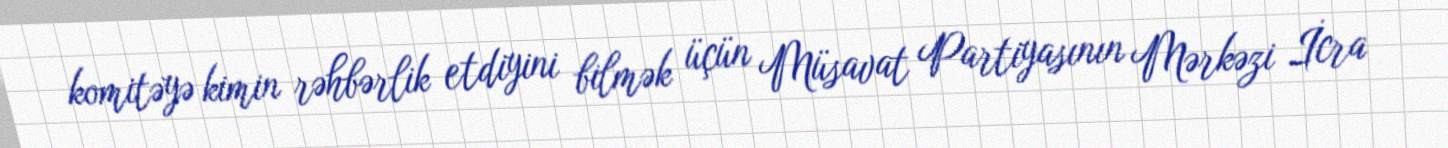
komitəyə kimin rəhbərlik etdiyini bilmək üçün Müsavat Partiyasının Mərkəzi İcra